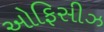
ઓફિસીઝ